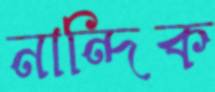
নান্দিক